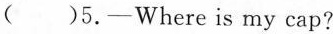
( )5.—Where is my cap?